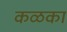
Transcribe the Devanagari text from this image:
कळका